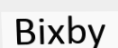
Bixby